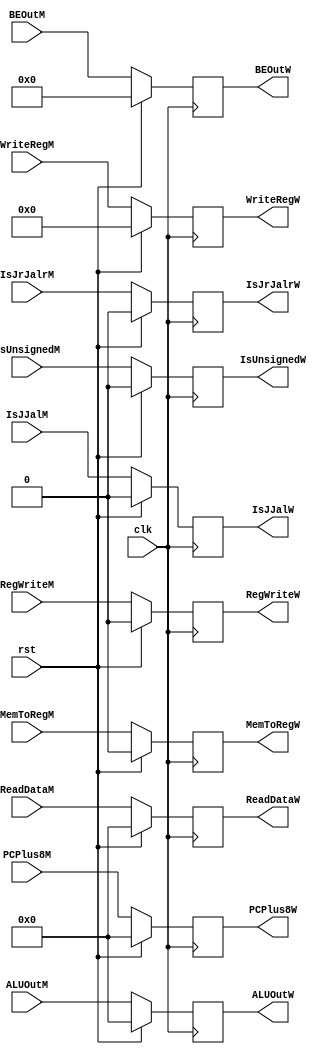
module RegW(									//MEM / WB  MEM  WB 
												//RegE
  input               clk, rst,
  input       [31:0]  PCPlus8M,
  input       [31:0]  ALUOutM,
  input       [31:0]  ReadDataM,
  input       [4:0]   WriteRegM,
  input               RegWriteM,
  input               MemToRegM,
  input               IsJJalM,
  input               IsJrJalrM,
  input               IsUnsignedM,
  input       [3:0]   BEOutM,
  output  reg [31:0]  PCPlus8W,
  output  reg [31:0]  ALUOutW,
  output  reg [31:0]  ReadDataW,
  output  reg [4:0]   WriteRegW,
  output  reg         RegWriteW,
  output  reg         MemToRegW,
  output  reg         IsJJalW,
  output  reg         IsJrJalrW,
  output  reg         IsUnsignedW,
  output  reg [3:0]   BEOutW
  );
  
  initial
  begin
    PCPlus8W    <= 0;
    ALUOutW     <= 0;
    ReadDataW   <= 0;
    WriteRegW   <= 0;
    RegWriteW   <= 0;
    MemToRegW   <= 0;
    IsJJalW     <= 0;
    IsJrJalrW   <= 0;
    IsUnsignedW <= 0;
    BEOutW      <= 0;
  end
  
  always @(posedge clk)
  begin
    if (rst)
    begin
      PCPlus8W    <= 0;
      ALUOutW     <= 0;
      ReadDataW   <= 0;
      WriteRegW   <= 0;
      RegWriteW   <= 0;
      MemToRegW   <= 0;
      IsJJalW     <= 0;
      IsJrJalrW   <= 0;
      IsUnsignedW <= 0;
      BEOutW      <= 0;
    end
    else
    begin
      PCPlus8W    <= PCPlus8M;
      ALUOutW     <= ALUOutM;
      ReadDataW   <= ReadDataM;
      WriteRegW   <= WriteRegM;
      RegWriteW   <= RegWriteM;
      MemToRegW   <= MemToRegM;
      IsJJalW     <= IsJJalM;
      IsJrJalrW   <= IsJrJalrM;
      IsUnsignedW <= IsUnsignedM;
      BEOutW      <= BEOutM;
    end
  end
  
endmodule